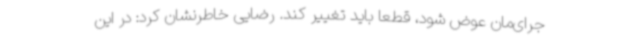
جرای‌مان عوض شود، قطعا باید تغییر کند. رضایی خاطرنشان کرد: در این